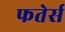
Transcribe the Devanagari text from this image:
फतेर्स